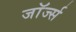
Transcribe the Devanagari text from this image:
जाॅर्ज्स